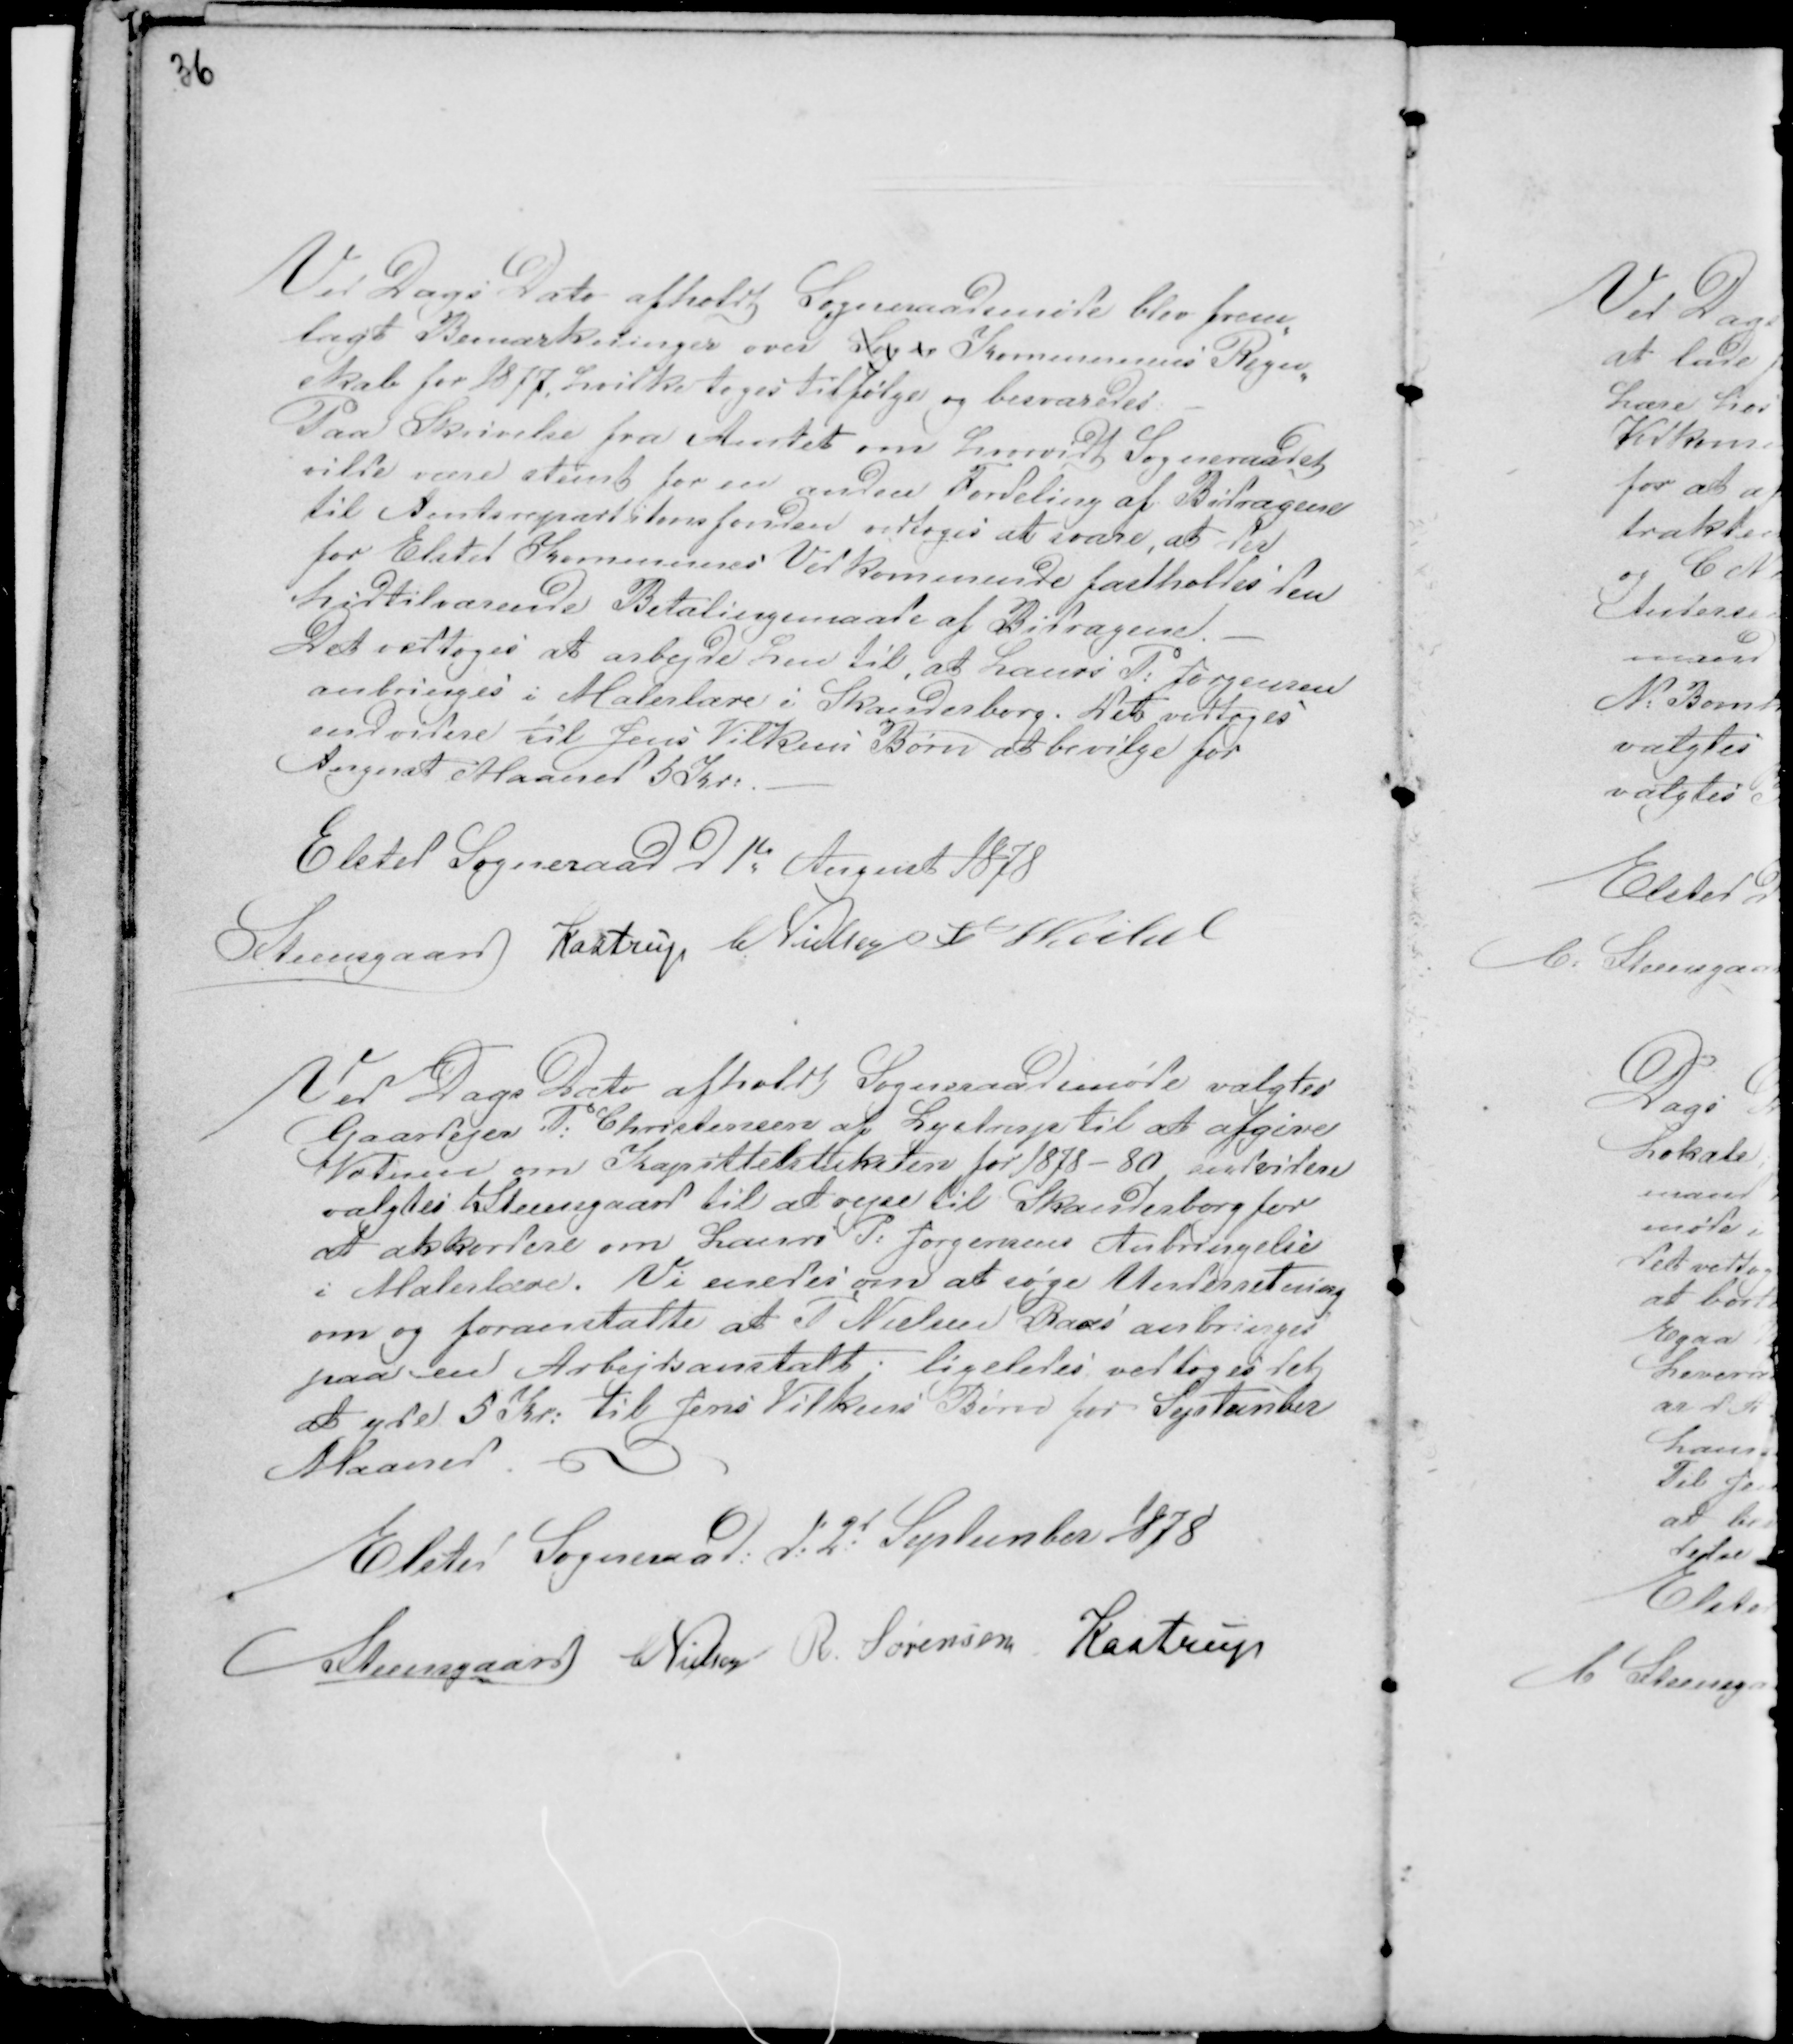
Transskription:
36

Ved Dags Dato afholdt Sogneraadsmøde blev frem-
lagt Bemærkninger over Sogn Kommunens Regn-
skab for 1877, hvilke toges tilfølge og besvaredes: -
Paa Skrivelse fra Amtet om hvorvidt Sogneraadet
vilde være stemt for en anden Fordeling af Bidragene
til Amtsrepartitonsfonden vedtoges at svare, at det
for Elsted Kommunes Vedkommende fastholdes den
hidtilværende Betalingsmaade af Bidragene. -
Det vedtoges at Arbejde hen til, at Laurs P. Jørgensen
anbringes i Malerlære i Skanderborg. Det vedtoges
endvidere til Jens Vilkens Børn at bevilge for
August Maaned 50 Kr: -
Elsted Sogneraad d 1te August 1878
Steensgaard Kastrup C Nielsen F Veibel

Ved Dags Dato afholdt Sogneraadsmøde valgtes
Gaardejer P: Christensen af Lystrup til at afgive
Votum om Kapittelstaksten for 1878 - 80, endvidere
valgtes Steensgaard til at rejse til Skanderborg for
at akkordere om Laurs P. Jørgensens Anbringelse
i Malerlære. Vi enedes om at søge Underretning
om og foranstalte at T Nielsen Raas anbringes
paa en Arbejdsanstalt ligeledes vedtoges det
at yde 5 Kr: til Jens Vilkens Børn for September
Maaned. -
Elsted Sogneraad: d: 2d September 1878
Steensgaard CNielsen R. Sørensen Kastrup